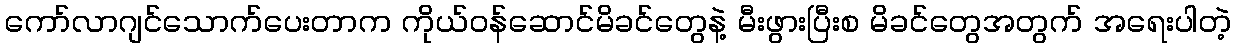
ကော်လာဂျင်သောက်ပေးတာက ကိုယ်ဝန်ဆောင်မိခင်တွေနဲ့ မီးဖွားပြီးစ မိခင်တွေအတွက် အရေးပါတဲ့